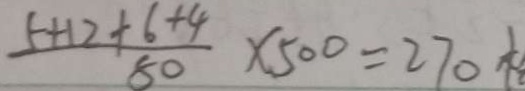
\frac { 5 + 1 2 + 6 + 4 } { 5 0 } \times 5 0 0 = 2 7 0